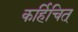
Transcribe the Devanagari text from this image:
कर्हिचित्